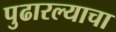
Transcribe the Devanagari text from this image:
पुढारल्याचा